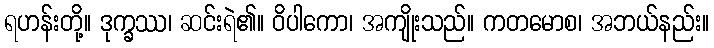
ရဟန်းတို့။ ဒုက္ခဿ၊ ဆင်းရဲ၏။ ဝိပါကော၊ အကျိုးသည်။ ကတမောစ၊ အဘယ်နည်း။